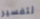
لتفسير